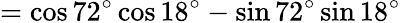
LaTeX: =\cos 72^{\circ}\cos 18^{\circ}-\sin 72^{\circ}\sin 18^{\circ}